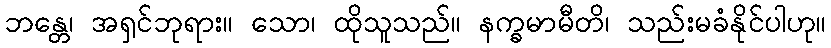
ဘန္တေ၊ အရှင်ဘုရား။ သော၊ ထိုသူသည်။ နက္ခမာမီတိ၊ သည်းမခံနိုင်ပါဟု။